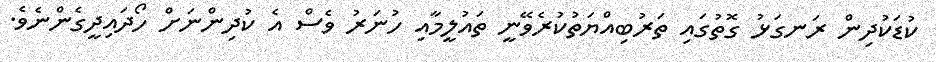
ކުޑަކުދިން ރަނގަޅު ގޮތުގައި ތަރުބިއްޔަތުކުރެވޭނީ ތައުލީމާއި ހުނަރު ވެސް އެ ކުދިންނަށް ހޯދައިދީގެންނެވެ.